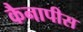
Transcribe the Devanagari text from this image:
कैनापीस